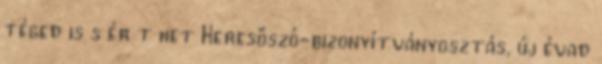
téged is s ér t het Keresőszó-bizonyítványosztás, új évad